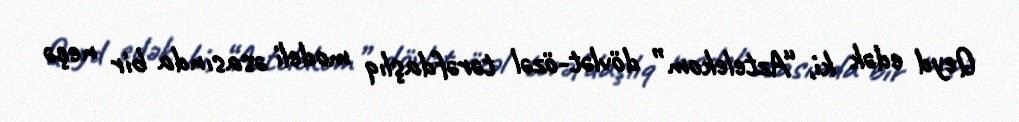
Qeyd edək ki, “Aztelekom” dövlət-özəl tərəfdaşlıq modeli əsasında bir neçə